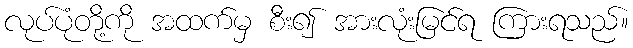
လုပ်ပုံတို့ကို အထက်မှ စီး၍ အားလုံးမြင်ရ ကြားရသည်။